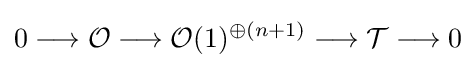
0\longrightarrow {\mathcal {O}}\longrightarrow {\mathcal {O}}(1)^{\oplus (n+1)}\longrightarrow {\mathcal {T}}\longrightarrow 0